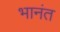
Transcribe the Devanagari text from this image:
भानंत